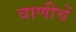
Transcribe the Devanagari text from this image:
वाणीचें